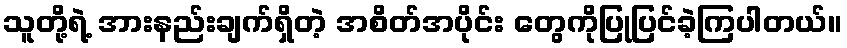
သူတို့ရဲ့ အားနည်းချက်ရှိတဲ့ အစိတ်အပိုင်း တွေကိုပြုပြင်ခဲ့ကြပါတယ်။